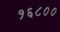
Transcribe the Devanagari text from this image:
१६८००